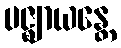
ပဇ္ဈာယန္တေ